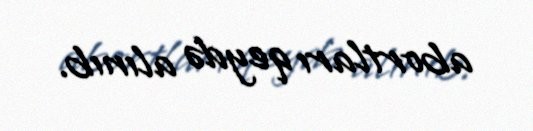
abortları qeydə alınıb.